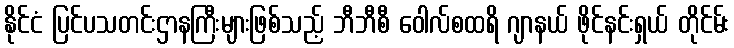
နိုင်ငံ ပြင်ပသတင်းဌာနကြီးများဖြစ်သည့် ဘီဘီစီ ဝေါလ်စထရိ ဂျာနယ် ဖိုင်နင်းရှယ် တိုင်မ်း